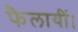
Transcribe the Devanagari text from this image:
फैलायीं।